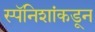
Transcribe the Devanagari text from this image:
स्पॅनिशांकडून